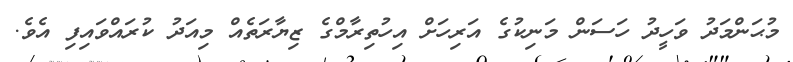
މުޙަންމަދު ވަހީދު ހަސަން މަނިކުގެ އަރިހަށް އިހުތިރާމްގެ ޒިޔާރަތެއް މިއަދު ކުރައްވައިފި އެވެ.